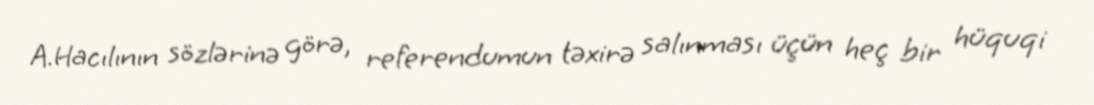
A.Hacılının sözlərinə görə, referendumun təxirə salınması üçün heç bir hüquqi